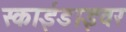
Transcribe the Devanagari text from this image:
स्काईडाइवर